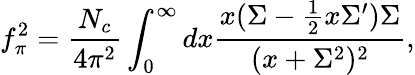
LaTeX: \displaystyle f_{\pi}^{2}=\frac{N_{c}}{4\pi^{2}}\int_{0}^{\infty}dx\frac{x(\Sigma-\frac{1}{2}x\Sigma^{\prime})\Sigma}{(x+\Sigma^{2})^{2}},